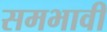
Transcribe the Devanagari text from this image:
समभावी